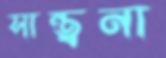
সান্ত্বনা